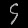
Digit: ၄